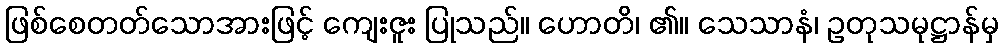
ဖြစ်စေတတ်သောအားဖြင့် ကျေးဇူး ပြုသည်။ ဟောတိ၊ ၏။ သေသာနံ၊ ဥတုသမုဋ္ဌာန်မှ